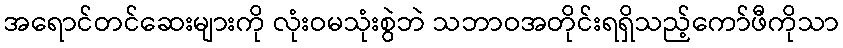
အရောင်တင်ဆေးများကို လုံးဝမသုံးစွဲဘဲ သဘာဝအတိုင်းရရှိသည့်ကော်ဖီကိုသာ